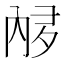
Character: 𫤩